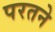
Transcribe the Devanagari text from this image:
परतने